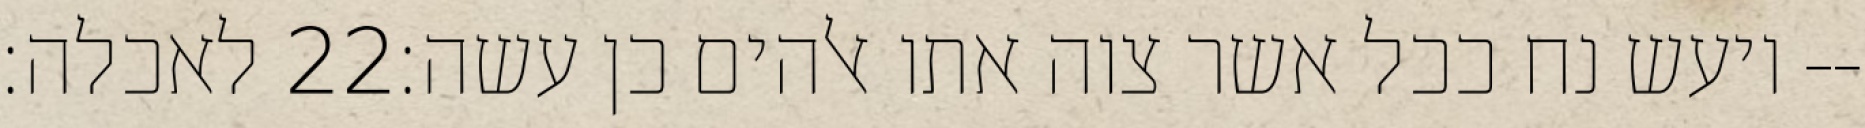
לאכלה׃ ‎22‏ ויעש נח ככל אשר צוה אתו אלהים כן עשה׃--